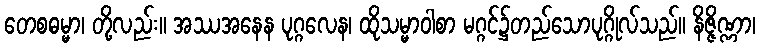
တေစဓမ္မာ၊ တို့လည်း။ အဿအနေန ပုဂ္ဂလေန၊ ထိုသမ္မာဝါစာ မဂ္ဂင်၌တည်သောပုဂ္ဂိုလ်သည်။ နိဇ္ဇိဏ္ဏာ၊